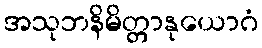
အသုဘနိမိတ္တာနုယောဂံ